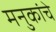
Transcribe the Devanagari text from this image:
मनुकांचे